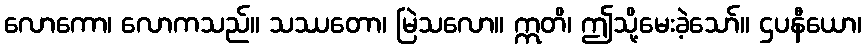
လောကော၊ လောကသည်။ သဿတော၊ မြဲသလော။ ဣတိ၊ ဤသို့မေးခဲ့သော်။ ဌပနီယော၊